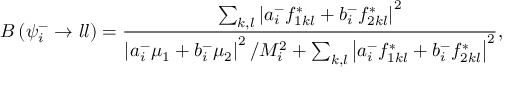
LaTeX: B \left( \psi _ { i } ^ { - } \to l l \right) = { \frac { \sum _ { k , l } \left| a _ { i } ^ { - } f _ { 1 k l } ^ { \ast } + b _ { i } ^ { - } f _ { 2 k l } ^ { \ast } \right| ^ { 2 } } { \left| a _ { i } ^ { - } \mu _ { 1 } + b _ { i } ^ { - } \mu _ { 2 } \right| ^ { 2 } / M _ { i } ^ { 2 } + \sum _ { k , l } \left| a _ { i } ^ { - } f _ { 1 k l } ^ { * } + b _ { i } ^ { - } f _ { 2 k l } ^ { * } \right| ^ { 2 } } } ,